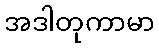
အဒါတုကာမာ